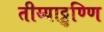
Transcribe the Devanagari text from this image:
तीय्याट्टुण्णि